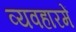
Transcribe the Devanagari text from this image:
व्यवहारमें